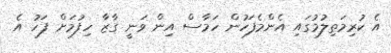
އެ ކުރިމަތިލުމުގައި އެންމެފަހުން ހަމާސް އިން ވަނީ ގާޒާ ހިފުމަށް ފަހު އެ